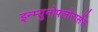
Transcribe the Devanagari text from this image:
इन्म्युनोफ्लोरासेंस